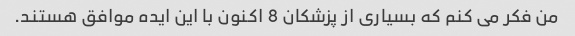
من فکر می کنم که بسیاری از پزشکان 8 اکنون با این ایده موافق هستند.